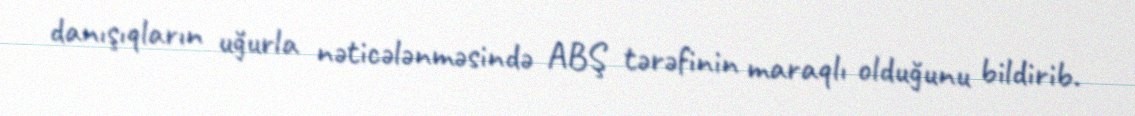
danışıqların uğurla nəticələnməsində ABŞ tərəfinin maraqlı olduğunu bildirib.